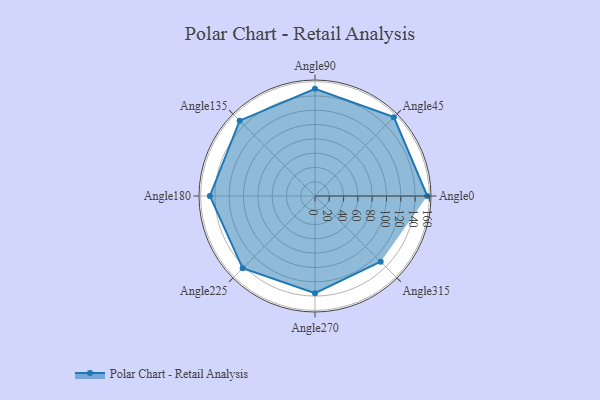
{"axis": {"x": "Angle", "y": "Radius"}, "legend": [""], "data": [{"x": "Angle0", "y": 157.0, "type": ""}, {"x": "Angle45", "y": 156.0, "type": ""}, {"x": "Angle90", "y": 150.0, "type": ""}, {"x": "Angle135", "y": 149.0, "type": ""}, {"x": "Angle180", "y": 147.0, "type": ""}, {"x": "Angle225", "y": 143.0, "type": ""}, {"x": "Angle270", "y": 136.0, "type": ""}, {"x": "Angle315", "y": 130.0, "type": ""}]}